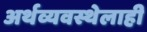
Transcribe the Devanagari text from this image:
अर्थव्यवस्थेलाही